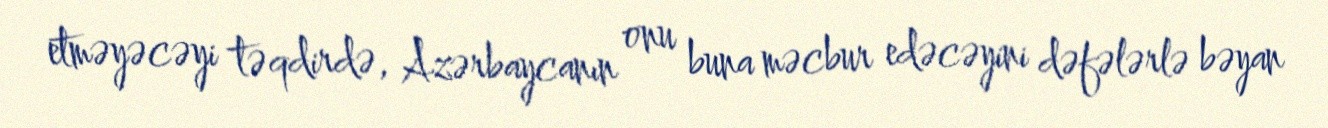
etməyəcəyi təqdirdə, Azərbaycanın onu buna məcbur edəcəyini dəfələrlə bəyan